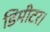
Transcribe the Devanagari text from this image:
डिमीटर।